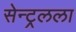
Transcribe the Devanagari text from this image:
सेन्ट्रलला